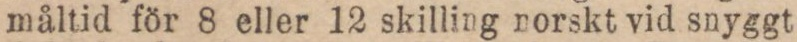
måltid för 8 eller 12 skilling norskt vid snyggt